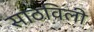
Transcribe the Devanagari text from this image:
साठविली